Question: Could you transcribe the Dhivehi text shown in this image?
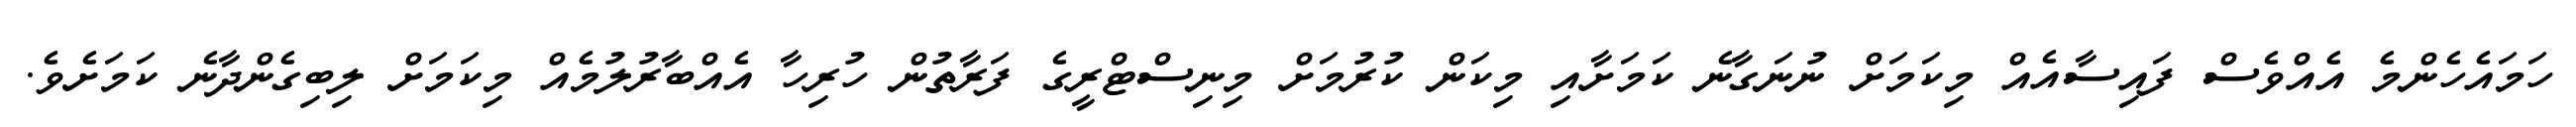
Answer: ހަމައެހެންމެ އެއްވެސް ފައިސާއެއް މިކަމަށް ނުނަގާނެ ކަމަށާއި މިކަން ކުރުމަށް މިނިސްޓްރީގެ ފަރާތުން ހުރިހާ އެއްބާރުލުމެއް މިކަމަށް ލިބިގެންދާނެ ކަމަށެވެ.